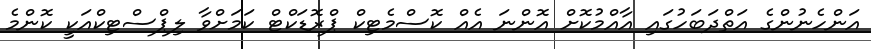
އަންހެނުންގެ އަތްދަބަހުގައި އާއްމުކޮށް އޮންނަ އެއް ކޮސްމެޓިކް ޕްރޮޑަކްޓް ކަމަށްވާ ލިޕްސްޓިކްއަކީ ކޮންމެ